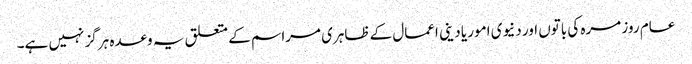
عام روز مرہ کی باتوں اور دنیوی امور یا دینی اعمال کے ظاہری مراسم کے متعلق یہ وعدہ ہرگز نہیں ہے۔